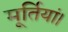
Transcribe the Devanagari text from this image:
मूर्तियां।